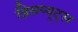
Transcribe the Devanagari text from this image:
डिसप्यूट्स